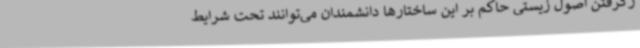
رگرفتن اصول زیستی حاکم بر این ساختارها دانشمندان می‌توانند تحت شرایط